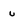
Character: u